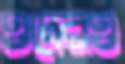
ওদেরও